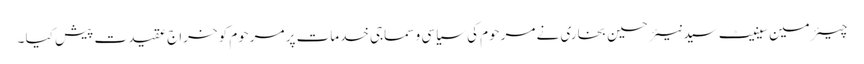
چیئرمین سینیٹ سید نیئر حسین بخاری نے مرحوم کی سیاسی و سماجی خدمات پر مرحوم کو خراج عقیدت پیش کیا ۔